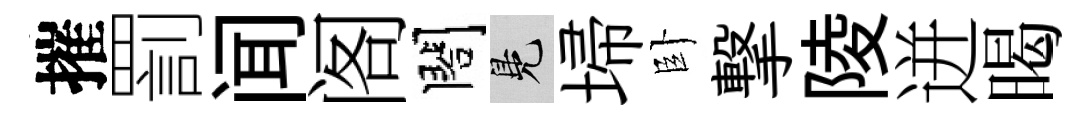
摧罰闻阁閤鳬埽卧撃陵迸暍